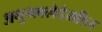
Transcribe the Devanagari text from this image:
अनुभवलेदेखील